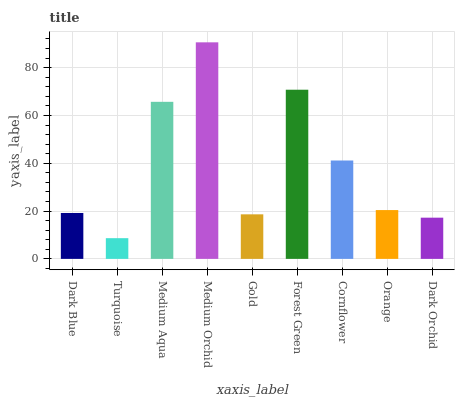
| xaxis_label | bars |
 | --- | --- |
 | Dark Blue | 19.2 |
 | Turquoise | 8.66 |
 | Medium Aqua | 65.7 |
 | Medium Orchid | 90.6 |
 | Gold | 18.6 |
 | Forest Green | 70.8 |
 | Cornflower | 41.2 |
 | Orange | 20.4 |
 | Dark Orchid | 17.2 |